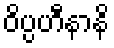
ဝိပ္ပဟီနာနိ